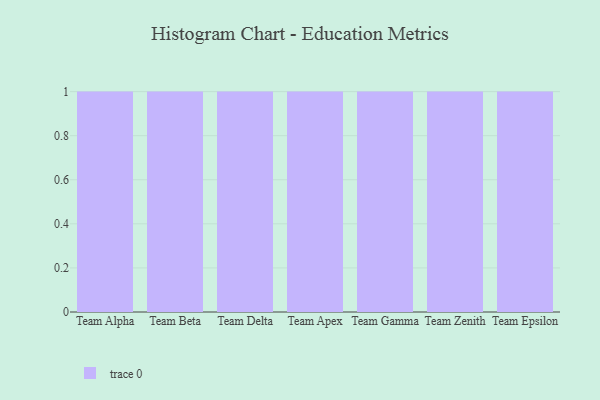
{"axis": {"x": "Team", "y": "Active Users"}, "legend": [""], "data": [{"x": "Team Alpha", "y": 71, "type": ""}, {"x": "Team Beta", "y": 86, "type": ""}, {"x": "Team Delta", "y": 67, "type": ""}, {"x": "Team Apex", "y": 7, "type": ""}, {"x": "Team Gamma", "y": 82, "type": ""}, {"x": "Team Zenith", "y": 40, "type": ""}, {"x": "Team Epsilon", "y": 62, "type": ""}]}